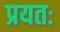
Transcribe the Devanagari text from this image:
प्रयतः